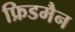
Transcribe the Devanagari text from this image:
फ्रिडमैन